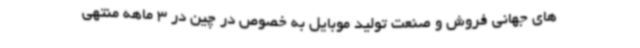
های جهانی فروش و صنعت تولید موبایل به خصوص در چین در 3 ماهه منتهی